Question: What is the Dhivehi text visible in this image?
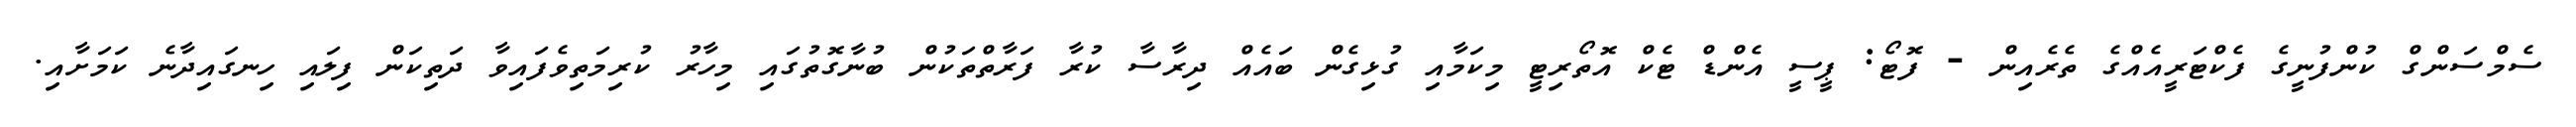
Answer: ސެމްސަންގް ކުންފުނީގެ ފެކްޓަރީއެއްގެ ތެރެއިން - ފޮޓޯ: ޕީސީ އެންޑް ޓެކް އޮތޯރިޓީ މިކަމާއި ގުޅިގެން ބައެއް ދިރާސާ ކުރާ ފަރާތްތަކުން ބުނާގޮތުގައި މިހާރު ކުރިމަތިވެފައިވާ ދަތިކަން ފިލައި ހިނގައިދާނެ ކަމަށާއި.